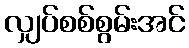
လျှပ်စစ်စွမ်းအင်